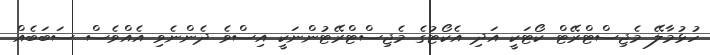
ހުޅުމާލޭ މެޖިސްޓްރޭޓް ކޯޓަކީ އަދި އެކޯޓުގެ މެޖިސްޓްރޭޓުންނަކީ އިސްވެ ދެންނެވި އެއްވެސް ސަބަބެއް